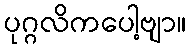
ပုဂ္ဂလိကပေါ့ဗျာ။